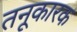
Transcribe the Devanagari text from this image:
तनूकारक